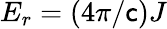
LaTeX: E_{r}=(4\pi/\mathsf{c})J